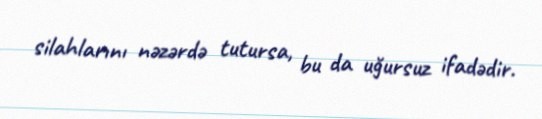
silahlarını nəzərdə tutursa, bu da uğursuz ifadədir.